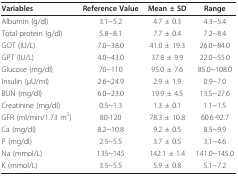
<table><thead><tr><td><b>Variables</b></td><td><b>Reference Value</b></td><td><b>Mean ± SD</b></td><td><b>Range</b></td></tr></thead><tbody><tr><td>Albumin (g/dl)</td><td>3.1~5.2</td><td>4.7 ± 0.3</td><td>4.3~5.4</td></tr><tr><td>Total protein (g/dl)</td><td>5.8~8.1</td><td>7.7 ± 0.4</td><td>7.2~8.4</td></tr><tr><td>GOT (IU/L)</td><td>7.0~38.0</td><td>41.0 ± 19.3</td><td>26.0~84.0</td></tr><tr><td>GPT (IU/L)</td><td>4.0~43.0</td><td>37.8 ± 9.9</td><td>22.0~55.0</td></tr><tr><td>Glucose (mg/dl)</td><td>70~110</td><td>95.0 ± 7.6</td><td>85.0~108.0</td></tr><tr><td>Insulin (μU/ml)</td><td>2.6~24.9</td><td>2.9 ± 1.9</td><td>0.9~7.0</td></tr><tr><td>BUN (mg/dl)</td><td>6.0~23.0</td><td>19.9 ± 4.5</td><td>13.5~27.6</td></tr><tr><td>Creatinine (mg/dl)</td><td>0.5~1.3</td><td>1.3 ± 0.1</td><td>1.1~1.5</td></tr><tr><td>GFR (ml/min/1.73 m<sup>2</sup>)</td><td>80-120</td><td>78.3 ± 10.8</td><td>60.6-92.7</td></tr><tr><td>Ca (mg/dl)</td><td>8.2~10.8</td><td>9.2 ± 0.5</td><td>8.5~9.9</td></tr><tr><td>P (mg/dl)</td><td>2.5~5.5</td><td>3.7 ± 0.5</td><td>3.1~4.6</td></tr><tr><td>Na (mmol/L)</td><td>135~145</td><td>142.1 ± 1.4</td><td>141.0~145.0</td></tr><tr><td>K (mmol/L)</td><td>3.5~5.5</td><td>5.9 ± 0.8</td><td>5.1~7.2</td></tr></tbody></table>